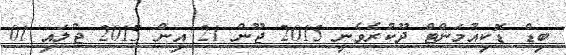
ބިޑް ޑޮކިއުމަންޓް ދޫކުރެވެނީ 2015 ޖޫން 21 އިން 2015 ޖުލައި 01